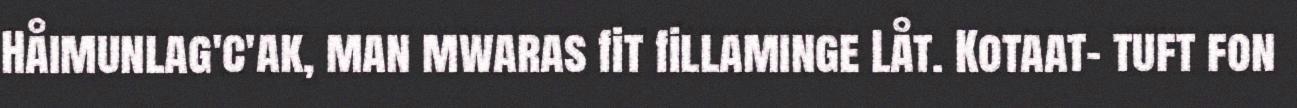
Håimunlag'c'ak, man mwaras fit fillaminge Låt. Kotaat- tuft fon